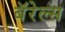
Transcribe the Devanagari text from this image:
बॅरेल्स